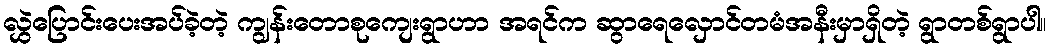
လွှဲပြောင်းပေးအပ်ခဲ့တဲ့ ကျွန်းတောစုကျေးရွာဟာ အရင်က ဆွာရေလှောင်တမံအနီးမှာရှိတဲ့ ရွာတစ်ရွာပါ။